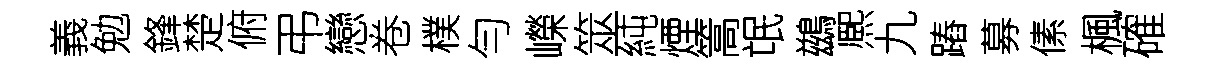
義勉鋒楚俯弔戀卷樸勻嶸筮純煙篙氓鷀熈九蹖募傃楓確